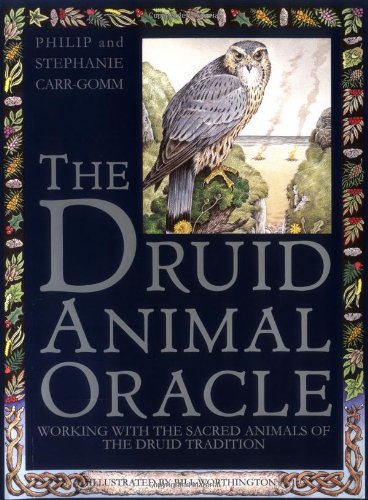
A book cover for Druid Animal Oracle; Philip Carr-Gomm; Religion & Spirituality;